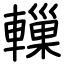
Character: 轈